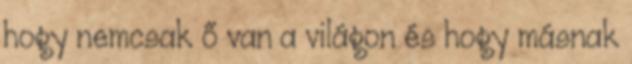
hogy nemcsak ő van a világon és hogy másnak